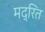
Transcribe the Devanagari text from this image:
मद्रित